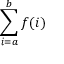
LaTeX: \sum _ { i = a } ^ { b } f ( i )